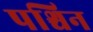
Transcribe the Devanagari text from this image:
पश्चिन